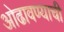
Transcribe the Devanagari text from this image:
ओढावण्याची